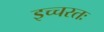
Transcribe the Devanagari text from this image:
इच्चरतः